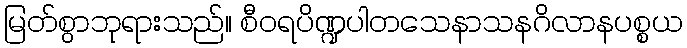
မြတ်စွာဘုရားသည်။ စီဝရပိဏ္ဍပါတသေနာသနဂိလာနပစ္စယ